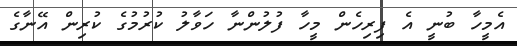
އެމީހާ ބުނީ އެ ފިރިހެން މީހާ ފުލުންނާ ހަވާލު ކުރުމުގެ ކުރިން އޭނާގެ